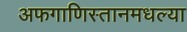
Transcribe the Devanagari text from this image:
अफगाणिस्तानमधल्या